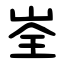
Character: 峑